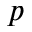
p